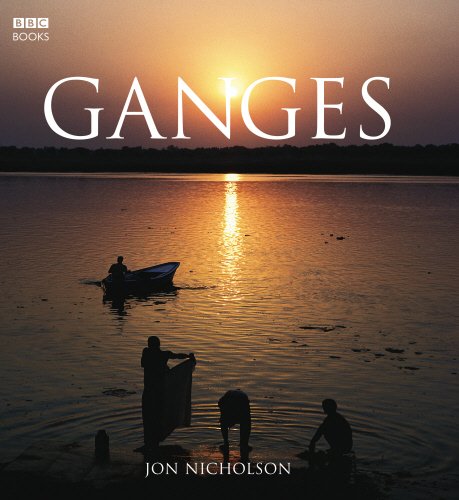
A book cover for Ganges; Jon Nicholson; Travel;